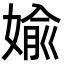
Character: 婾